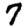
Digit: 7